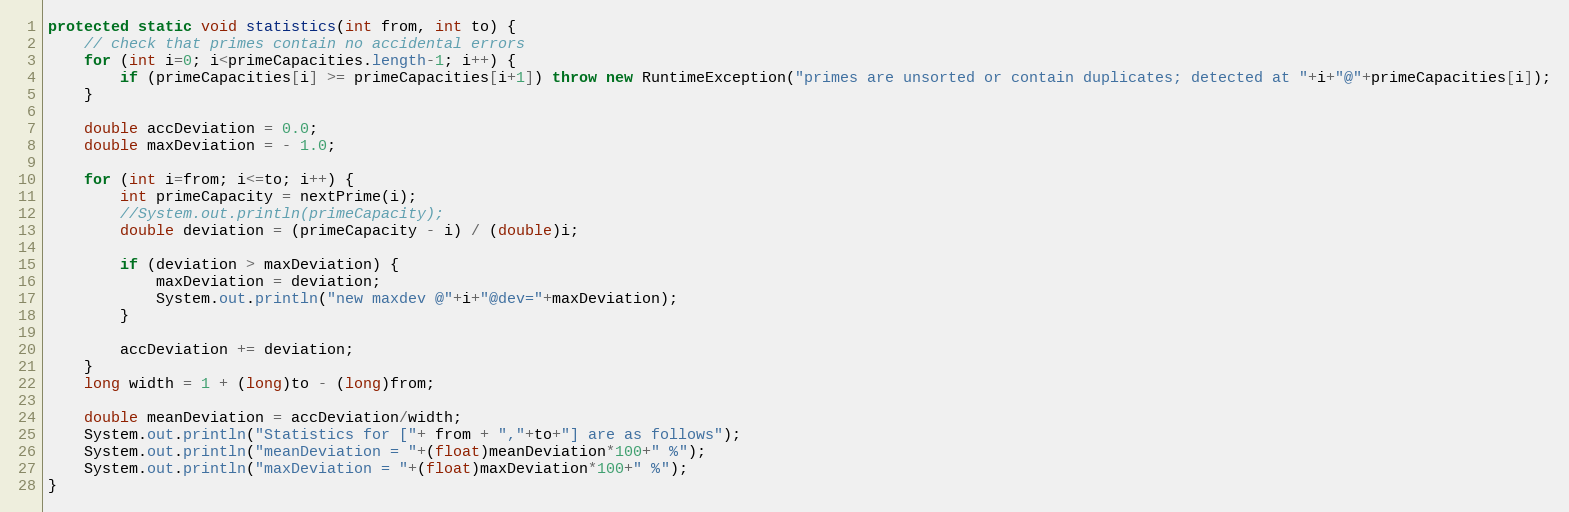
Language: Java
protected static void statistics(int from, int to) {
	// check that primes contain no accidental errors
	for (int i=0; i<primeCapacities.length-1; i++) {
		if (primeCapacities[i] >= primeCapacities[i+1]) throw new RuntimeException("primes are unsorted or contain duplicates; detected at "+i+"@"+primeCapacities[i]);
	}

	double accDeviation = 0.0;
	double maxDeviation = - 1.0;

	for (int i=from; i<=to; i++) {
		int primeCapacity = nextPrime(i);
		//System.out.println(primeCapacity);
		double deviation = (primeCapacity - i) / (double)i;

		if (deviation > maxDeviation) {
			maxDeviation = deviation;
			System.out.println("new maxdev @"+i+"@dev="+maxDeviation);
		}

		accDeviation += deviation;
	}
	long width = 1 + (long)to - (long)from;

	double meanDeviation = accDeviation/width;
	System.out.println("Statistics for ["+ from + ","+to+"] are as follows");
	System.out.println("meanDeviation = "+(float)meanDeviation*100+" %");
	System.out.println("maxDeviation = "+(float)maxDeviation*100+" %");
}